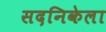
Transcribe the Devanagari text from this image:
सदनिकेला